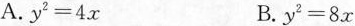
A.$$y ^ { 2 } = 4 x$$ B.$$y ^ { 2 }= 8 x$$